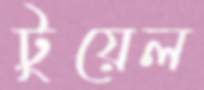
টুয়েল